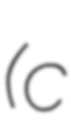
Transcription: (c